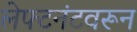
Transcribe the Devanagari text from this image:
लेफ्टनंटवरून